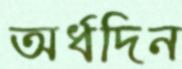
অর্ধদিন